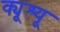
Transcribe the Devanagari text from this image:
क्यूश्यू